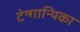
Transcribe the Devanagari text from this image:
टंन्गान्यिका